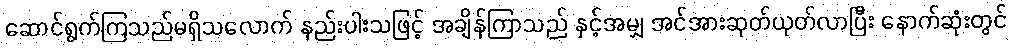
ဆောင်ရွက်ကြသည်မရှိသလောက် နည်းပါးသဖြင့် အချိန်ကြာသည် နှင့်အမျှ အင်အားဆုတ်ယုတ်လာပြီး နောက်ဆုံးတွင်